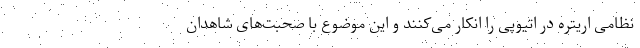
نظامی اریتره در اتیوپی را انکار می‌کنند و این موضوع با صحبت‌های شاهدان